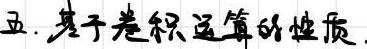
五. 基于卷积运算的性质.